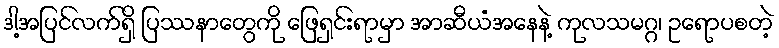
ဒါ့အပြင်လက်ရှိ ပြဿနာတွေကို ဖြေရှင်းရာမှာ အာဆီယံအနေနဲ့ ကုလသမဂ္ဂ၊ ဥရောပစတဲ့